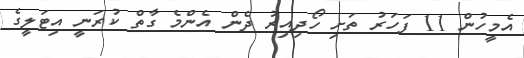
އެމީހުން 11 ފަހަރު ތަށި ހޯދިއިރު ދެން އެންމެ ގާތް ކުރަނީ އިޓަލީގެ